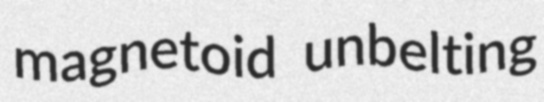
magnetoid unbelting